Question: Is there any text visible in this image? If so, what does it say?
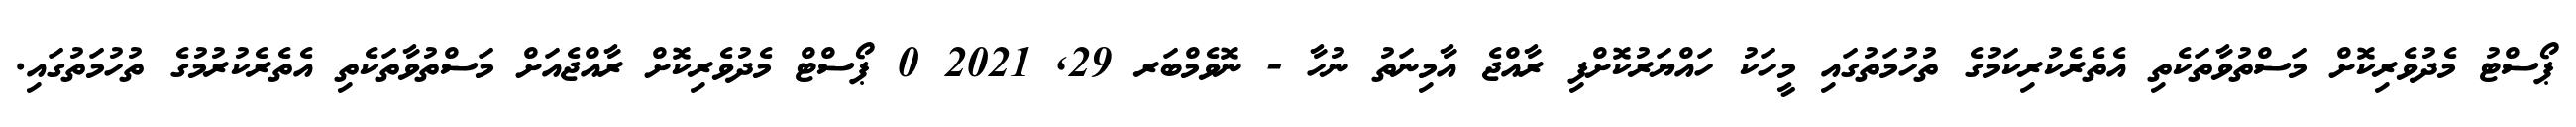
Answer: ޕޯސްޓު މެދުވެރިކޮށް މަސްތުވާތަކެތި އެތެރެކުރިކަމުގެ ތުހުމަތުގައި މީހަކު ހައްޔަރުކޮށްފި ރާއްޖެ އާމިނަތު ނުހާ - ނޮވެމްބަރ 29, 2021 0 ޕޯސްޓް މެދުވެރިކޮށް ރާއްޖެއަށް މަސްތުވާތަކެތި އެތެރެކުރުމުގެ ތުހުމަތުގައި.